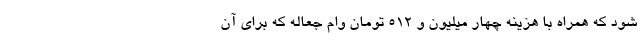
شود که همراه با هزینه چهار میلیون و ۵۱۲ تومان وام جعاله که برای آن